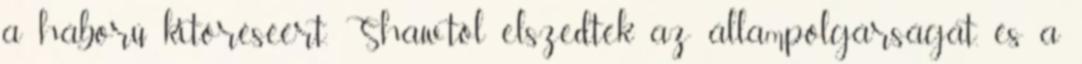
a háború kitöréséért. Shaw-tól elszedték az állampolgárságát, és a